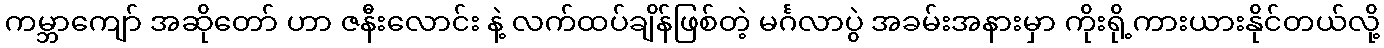
ကမ္ဘာကျော် အဆိုတော် ဟာ ဇနီးလောင်း နဲ့ လက်ထပ်ချိန်ဖြစ်တဲ့ မင်္ဂလာပွဲ အခမ်းအနားမှာ ကိုးရို့ကားယားနိုင်တယ်လို့